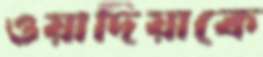
ওয়াদিয়াকে